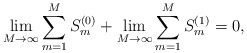
\begin{align*}\lim_{M\to\infty}\sum_{m=1}^M S_m^{(0)}+\lim_{M\to\infty}\sum_{m=1}^MS_m^{(1)}=0,\end{align*}